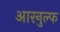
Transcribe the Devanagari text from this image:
आरनुल्फ